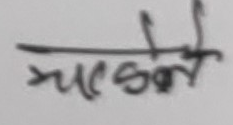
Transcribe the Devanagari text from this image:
मागोले